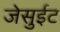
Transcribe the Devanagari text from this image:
जेसुईट